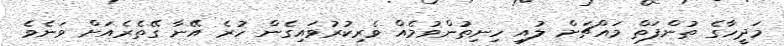
މަދީހާގެ ތުންފަތް މައްޗަށް ލުއި ހިނިތުންވުމެއް ވެރިކުރުވައިގެން ހުރެ އޭނާ ގޭތެރެއަށް ވަނެވެ